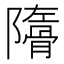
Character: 𩩜